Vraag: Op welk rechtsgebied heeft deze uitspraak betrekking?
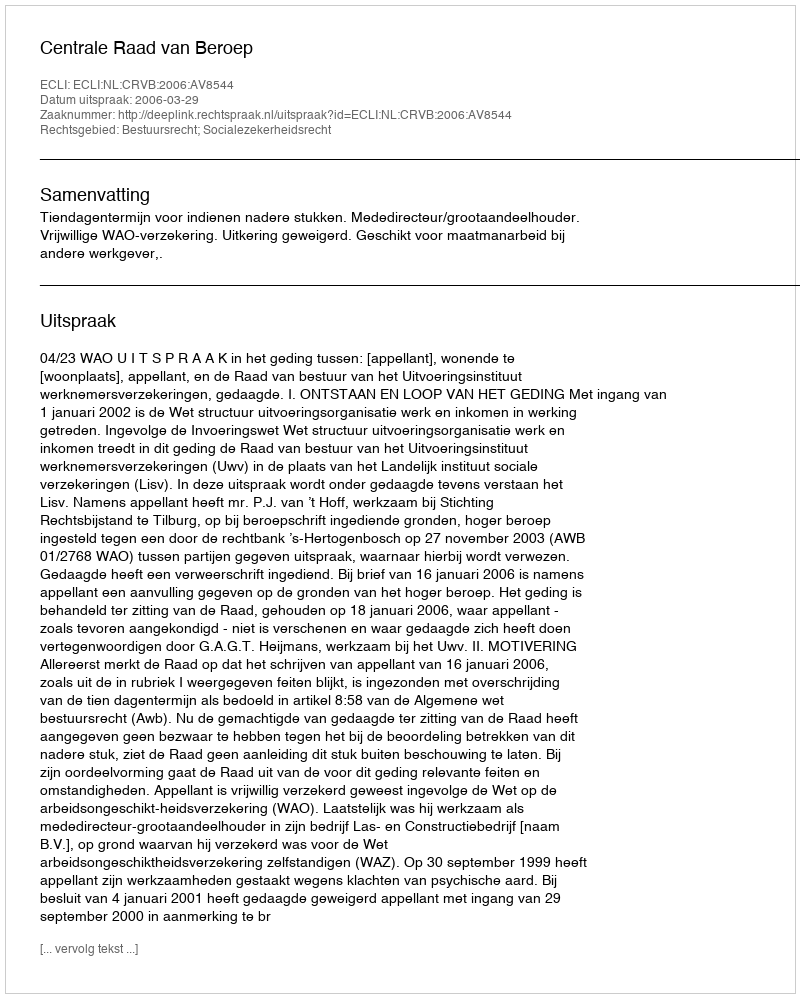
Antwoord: Bestuursrecht; Socialezekerheidsrecht